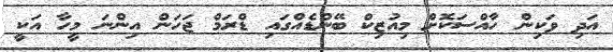
އަދި ވަކިން ހާއްސަކޮށް މިއުޒިކް ބޭންޑެއްގައި ޑްރަމް ޖަހަން އިންނަ މީހާ އަކީ